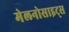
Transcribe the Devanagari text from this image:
मेलनोसाइट्स